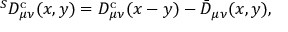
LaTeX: ^ S D _ { \mu \nu } ^ { \mathrm { c } } ( x , y ) = D _ { \mu \nu } ^ { \mathrm { c } } ( x - y ) - \bar { D } _ { \mu \nu } ( x , y ) ,